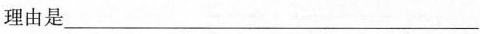
理由是___